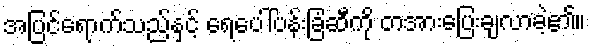
အပြင်ရောက်သည်နှင့် ရေပေါ်ပန်းခြံဆီကို တအားပြေးချလာခဲ့၏။